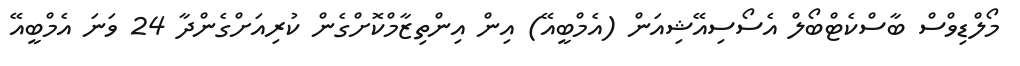
މޯލްޑިވްސް ބާސްކެޓްބޯލް އެސޯސިއޭޝިއަން (އެމްބީއޭ) އިން އިންތިޒާމްކޮށްގެން ކުރިއަށްގެންދާ 24 ވަނަ އެމްބީއޭ